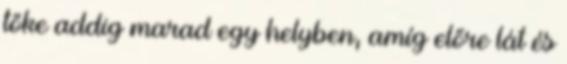
tőke addig marad egy helyben, amíg előre lát és